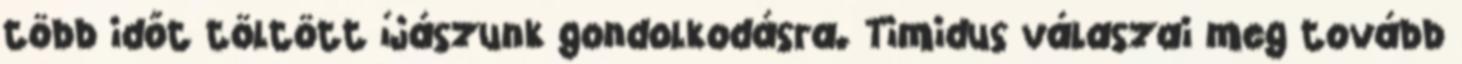
több időt töltött íjászunk gondolkodásra. Timidus válaszai meg tovább